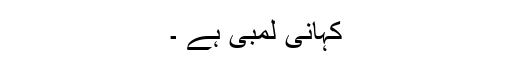
کہانی لمبی ہے ۔